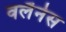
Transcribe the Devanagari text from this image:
वर्लैनेस